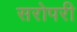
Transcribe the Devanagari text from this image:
सरोपरी